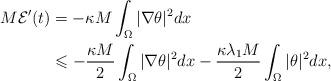
LaTeX: \begin{align*}M\mathcal{E}'(t)&=-\kappa M\displaystyle\int_\Omega|\nabla \theta|^2dx\\&\leqslant -\dfrac{\kappa M}{2}\displaystyle\int_\Omega|\nabla \theta|^2dx-\dfrac{\kappa \lambda_1M}{2}\int_\Omega|\theta|^2dx,\end{align*}